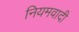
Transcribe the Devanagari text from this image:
नियमवादी